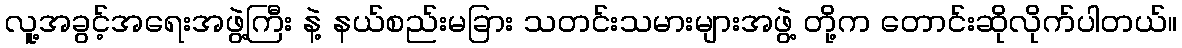
လူ့အခွင့်အရေးအဖွဲ့ကြီး နဲ့ နယ်စည်းမခြား သတင်းသမားများအဖွဲ့ တို့က တောင်းဆိုလိုက်ပါတယ်။